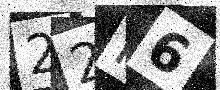
Text: 22P6